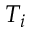
T _ { i }